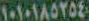
١٠١٠١٨٥٢٥٤